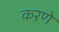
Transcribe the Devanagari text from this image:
कऱणे